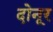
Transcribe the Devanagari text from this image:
दोनूर